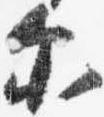
示